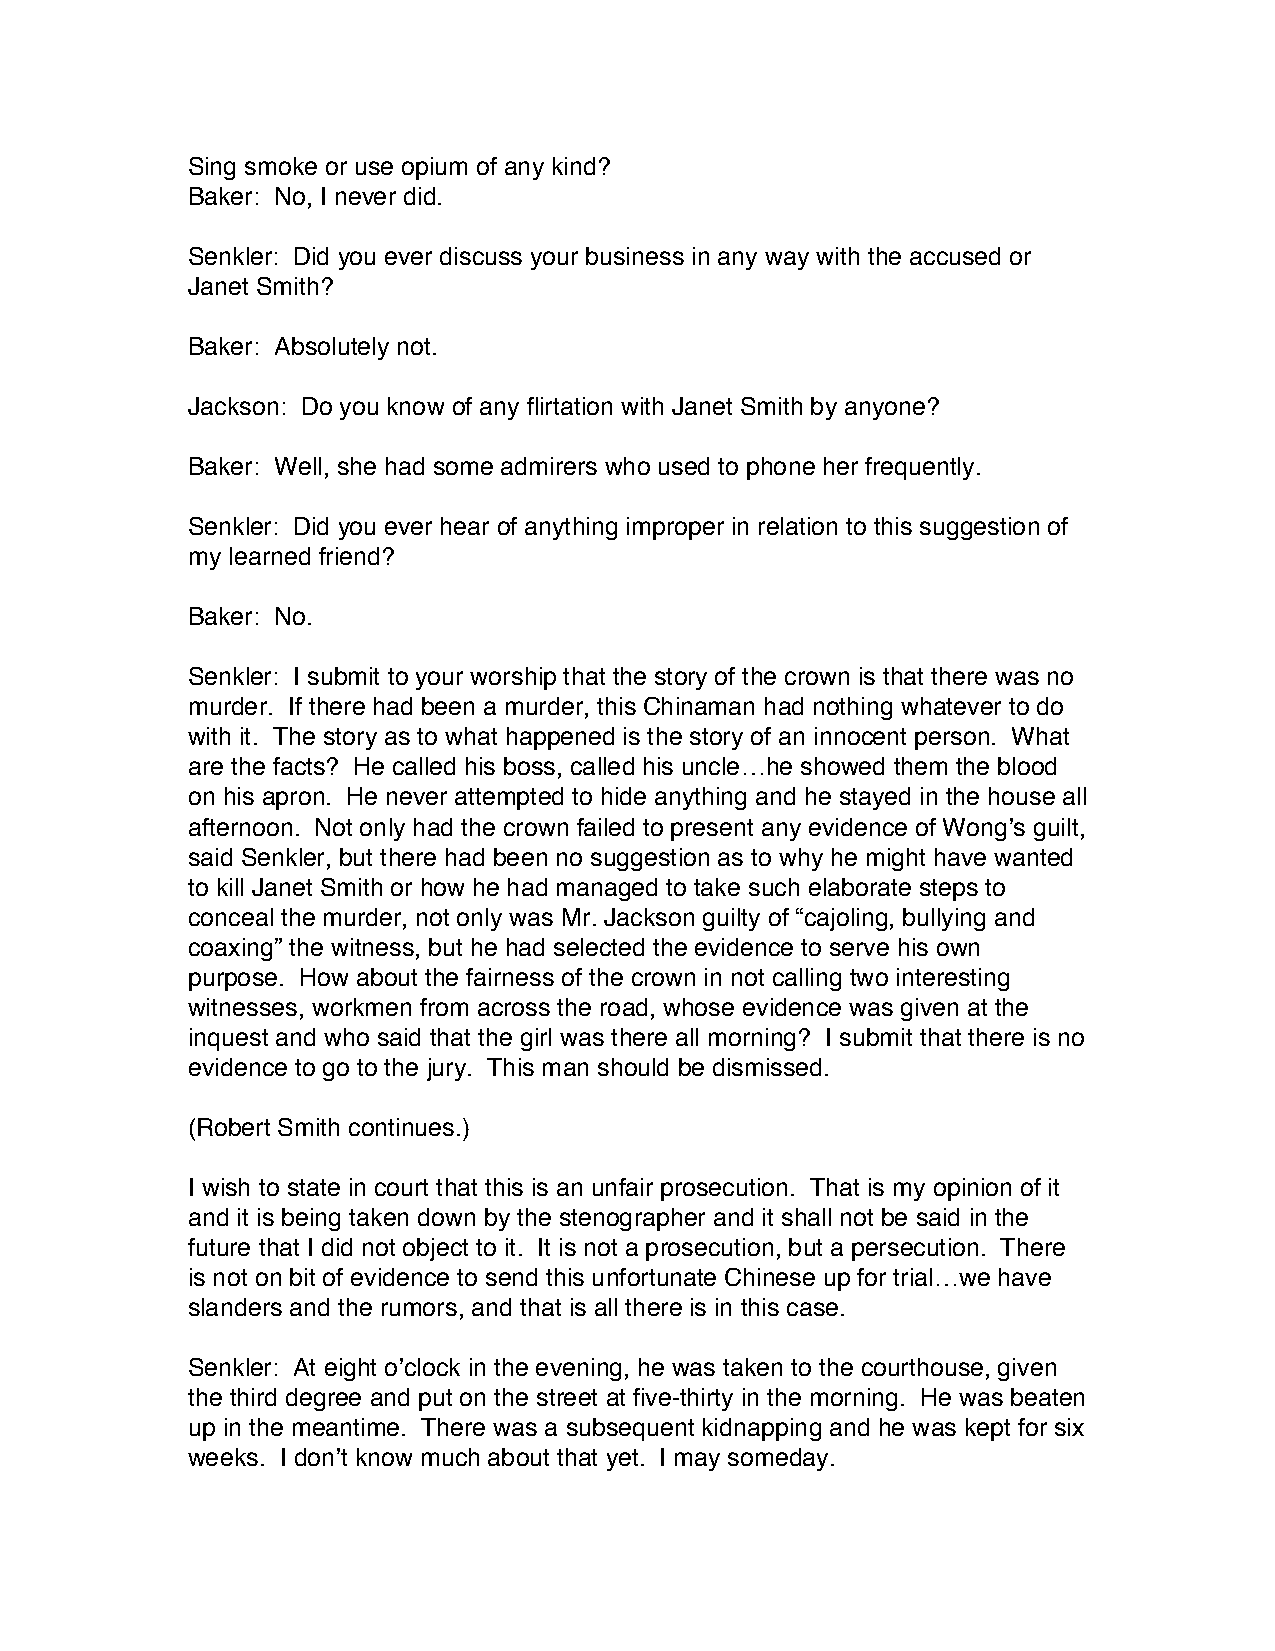
Sing smoke or use opium of any kind?
 Baker: No, I never did.
 Senkler: Did you ever discuss your business in any way with the accused or
 Janet Smith?
 Baker: Absolutely not.
 Jackson: Do you know of any flirtation with Janet Smith by anyone?
 Baker: Well, she had some admirers who used to phone her frequently.
 Senkler: Did you ever hear of anything improper in relation to this suggestion of
 my learned friend?
 Baker: No.
 Senkler: I submit to your worship that the story of the crown is that there was no
 murder. If there had been a murder, this Chinaman had nothing whatever to do
 with it. The story as to what happened is the story of an innocent person. What
 are the facts? He called his boss, called his uncle…he showed them the blood
 on his apron. He never attempted to hide anything and he stayed in the house all
 afternoon. Not only had the crown failed to present any evidence of Wong’s guilt,
 said Senkler, but there had been no suggestion as to why he might have wanted
 to kill Janet Smith or how he had managed to take such elaborate steps to
 conceal the murder, not only was Mr. Jackson guilty of “cajoling, bullying and
 coaxing” the witness, but he had selected the evidence to serve his own
 purpose. How about the fairness of the crown in not calling two interesting
 witnesses, workmen from across the road, whose evidence was given at the
 inquest and who said that the girl was there all morning? I submit that there is no
 evidence to go to the jury. This man should be dismissed.
 (Robert Smith continues.)
 I wish to state in court that this is an unfair prosecution. That is my opinion of it
 and it is being taken down by the stenographer and it shall not be said in the
 future that I did not object to it. It is not a prosecution, but a persecution. There
 is not on bit of evidence to send this unfortunate Chinese up for trial…we have
 slanders and the rumors, and that is all there is in this case.
 Senkler: At eight o’clock in the evening, he was taken to the courthouse, given
 the third degree and put on the street at five-thirty in the morning. He was beaten
 up in the meantime. There was a subsequent kidnapping and he was kept for six
 weeks. I don’t know much about that yet. I may someday.